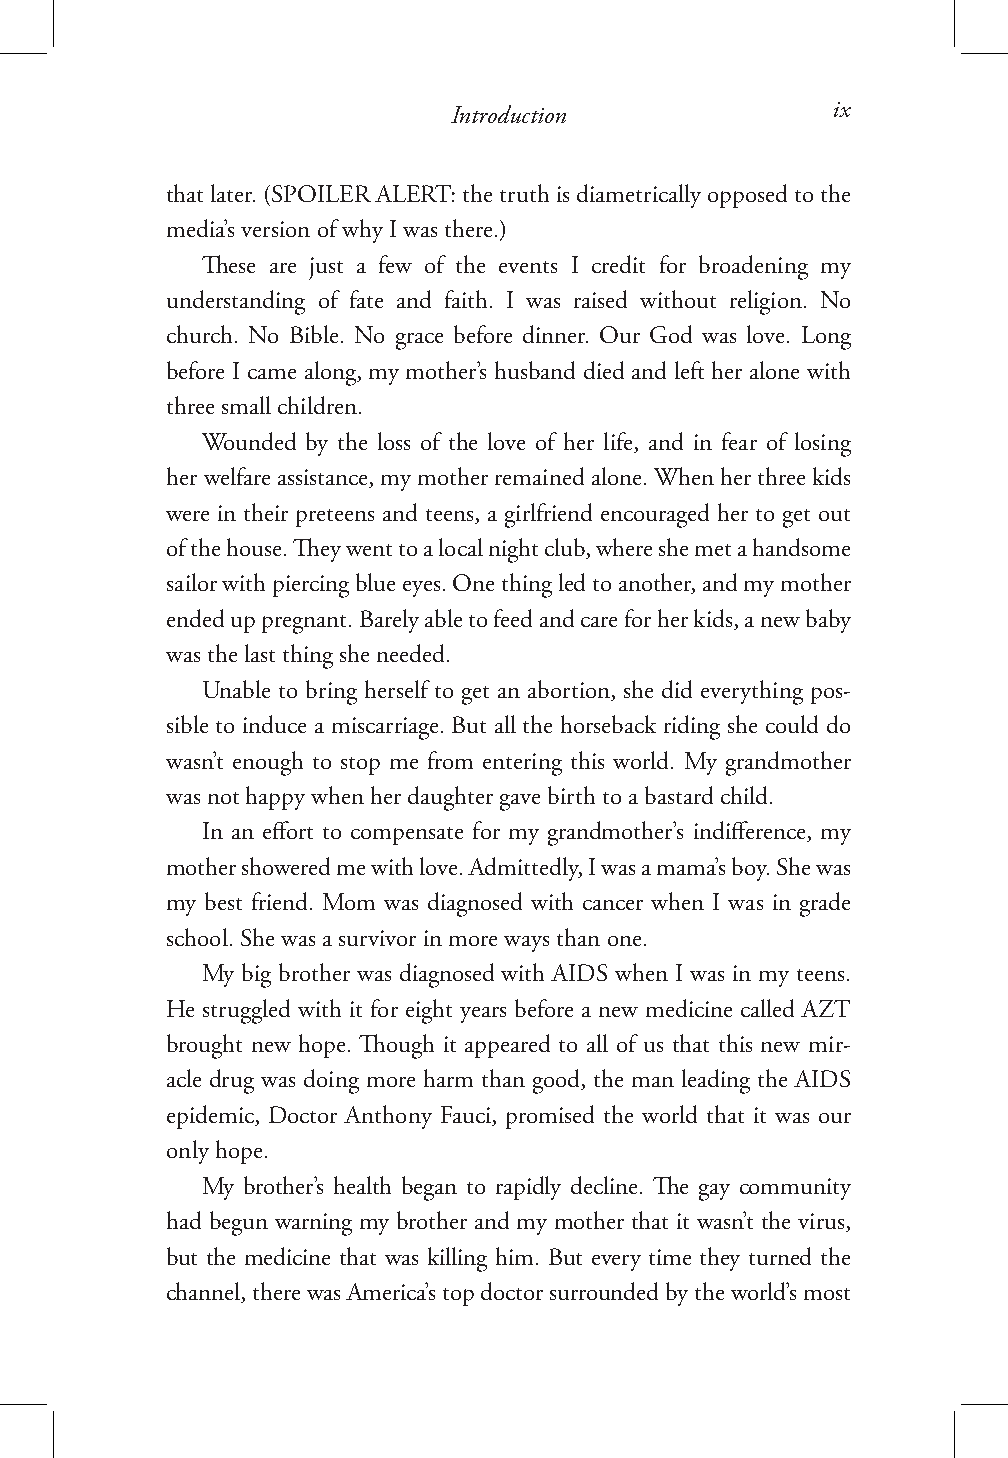
Introduction             ix
 that later. (SPOILER ALERT: the truth is diametrically opposed to the
 media’s version of why I was there.)
 These are just a few of the events I credit for broadening my
 understanding of fate and faith. I was raised without religion. No
 church. No Bible. No grace before dinner. Our God was love. Long
 before I came along, my mother’s husband died and left her alone with
 three small children.
 Wounded by the loss of the love of her life, and in fear of losing
 her welfare assistance, my mother remained alone. When her three kids
 were in their preteens and teens, a girlfriend encouraged her to get out
 of the house. They went to a local night club, where she met a handsome
 sailor with piercing blue eyes. One thing led to another, and my mother
 ended up pregnant. Barely able to feed and care for her kids, a new baby
 was the last thing she needed.
 Unable to bring herself to get an abortion, she did everything pos-
 sible to induce a miscarriage. But all the horseback riding she could do
 wasn’t enough to stop me from entering this world. My grandmother
 was not happy when her daughter gave birth to a bastard child.
 In an effort to compensate for my grandmother’s indifference, my
 mother showered me with love. Admittedly, I was a mama’s boy. She was
 my best friend. Mom was diagnosed with cancer when I was in grade
 school. She was a survivor in more ways than one.
 My big brother was diagnosed with AIDS when I was in my teens.
 He struggled with it for eight years before a new medicine called AZT
 brought new hope. Though it appeared to all of us that this new mir-
 acle drug was doing more harm than good, the man leading the AIDS
 epidemic, Doctor Anthony Fauci, promised the world that it was our
 only hope.
 My brother’s health began to rapidly decline. The gay community
 had begun warning my brother and my mother that it wasn’t the virus,
 but the medicine that was killing him. But every time they turned the
 channel, there was America’s top doctor surrounded by the world’s most